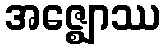
အဇ္ဈောဿ